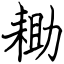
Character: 耡